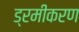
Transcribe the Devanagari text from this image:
ड्रमीकरण